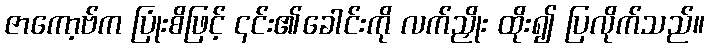
ဇာကော့ဗ်က ပြုံးစိဖြင့် ၎င်း၏ခေါင်းကို လက်ညှိုး ထိုး၍ ပြလိုက်သည်။